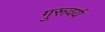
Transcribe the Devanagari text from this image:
गुरूवर्य